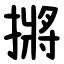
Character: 摪